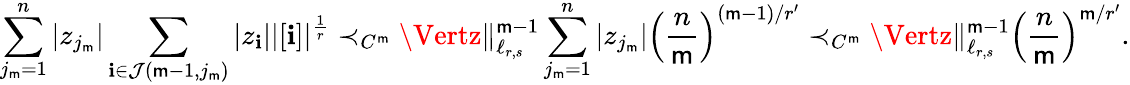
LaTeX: \sum_{j_{\mathsf{m}}=1}^{n}|z_{j_{\mathsf{m}}}|\sum_{\mathbf{{i}}\in\mathcal{J}(\mathsf{m}-1,j_{\mathsf{m}})}|z_{\mathbf{{i}}}||[\mathbf{{i}}]|^{\frac{{1}}{{r}}}\prec_{C^{\mathsf{m}}}\Vertz\Vert_{\ell_{r,s}}^{\mathsf{m}-1}\sum_{j_{\mathsf{m}}=1}^{n}|z_{j_{\mathsf{m}}}|\left(\frac{{n}}{{\mathsf{m}}}\right)^{(\mathsf{m}-1)/r^{\prime}}\prec_{C^{\mathsf{m}}}\Vertz\Vert_{\ell_{r,s}}^{\mathsf{m}-1}\left(\frac{{n}}{{\mathsf{m}}}\right)^{\mathsf{m}/r^{\prime}}.